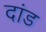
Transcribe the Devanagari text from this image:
दांड